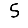
Digit: 5